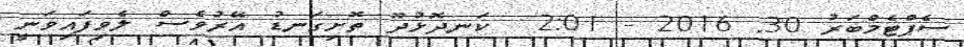
ސެޕްޓެމްބަރު 30